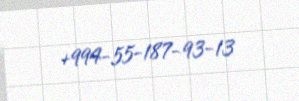
+994-55-187-93-13